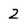
Character: 2